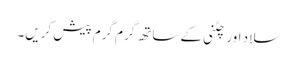
سلاد اور چٹنی کے ساتھ گرم گرم پیش کریں۔